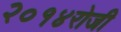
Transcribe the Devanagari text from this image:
२०१४रोजी